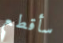
سأقطع